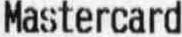
MASTERCARD